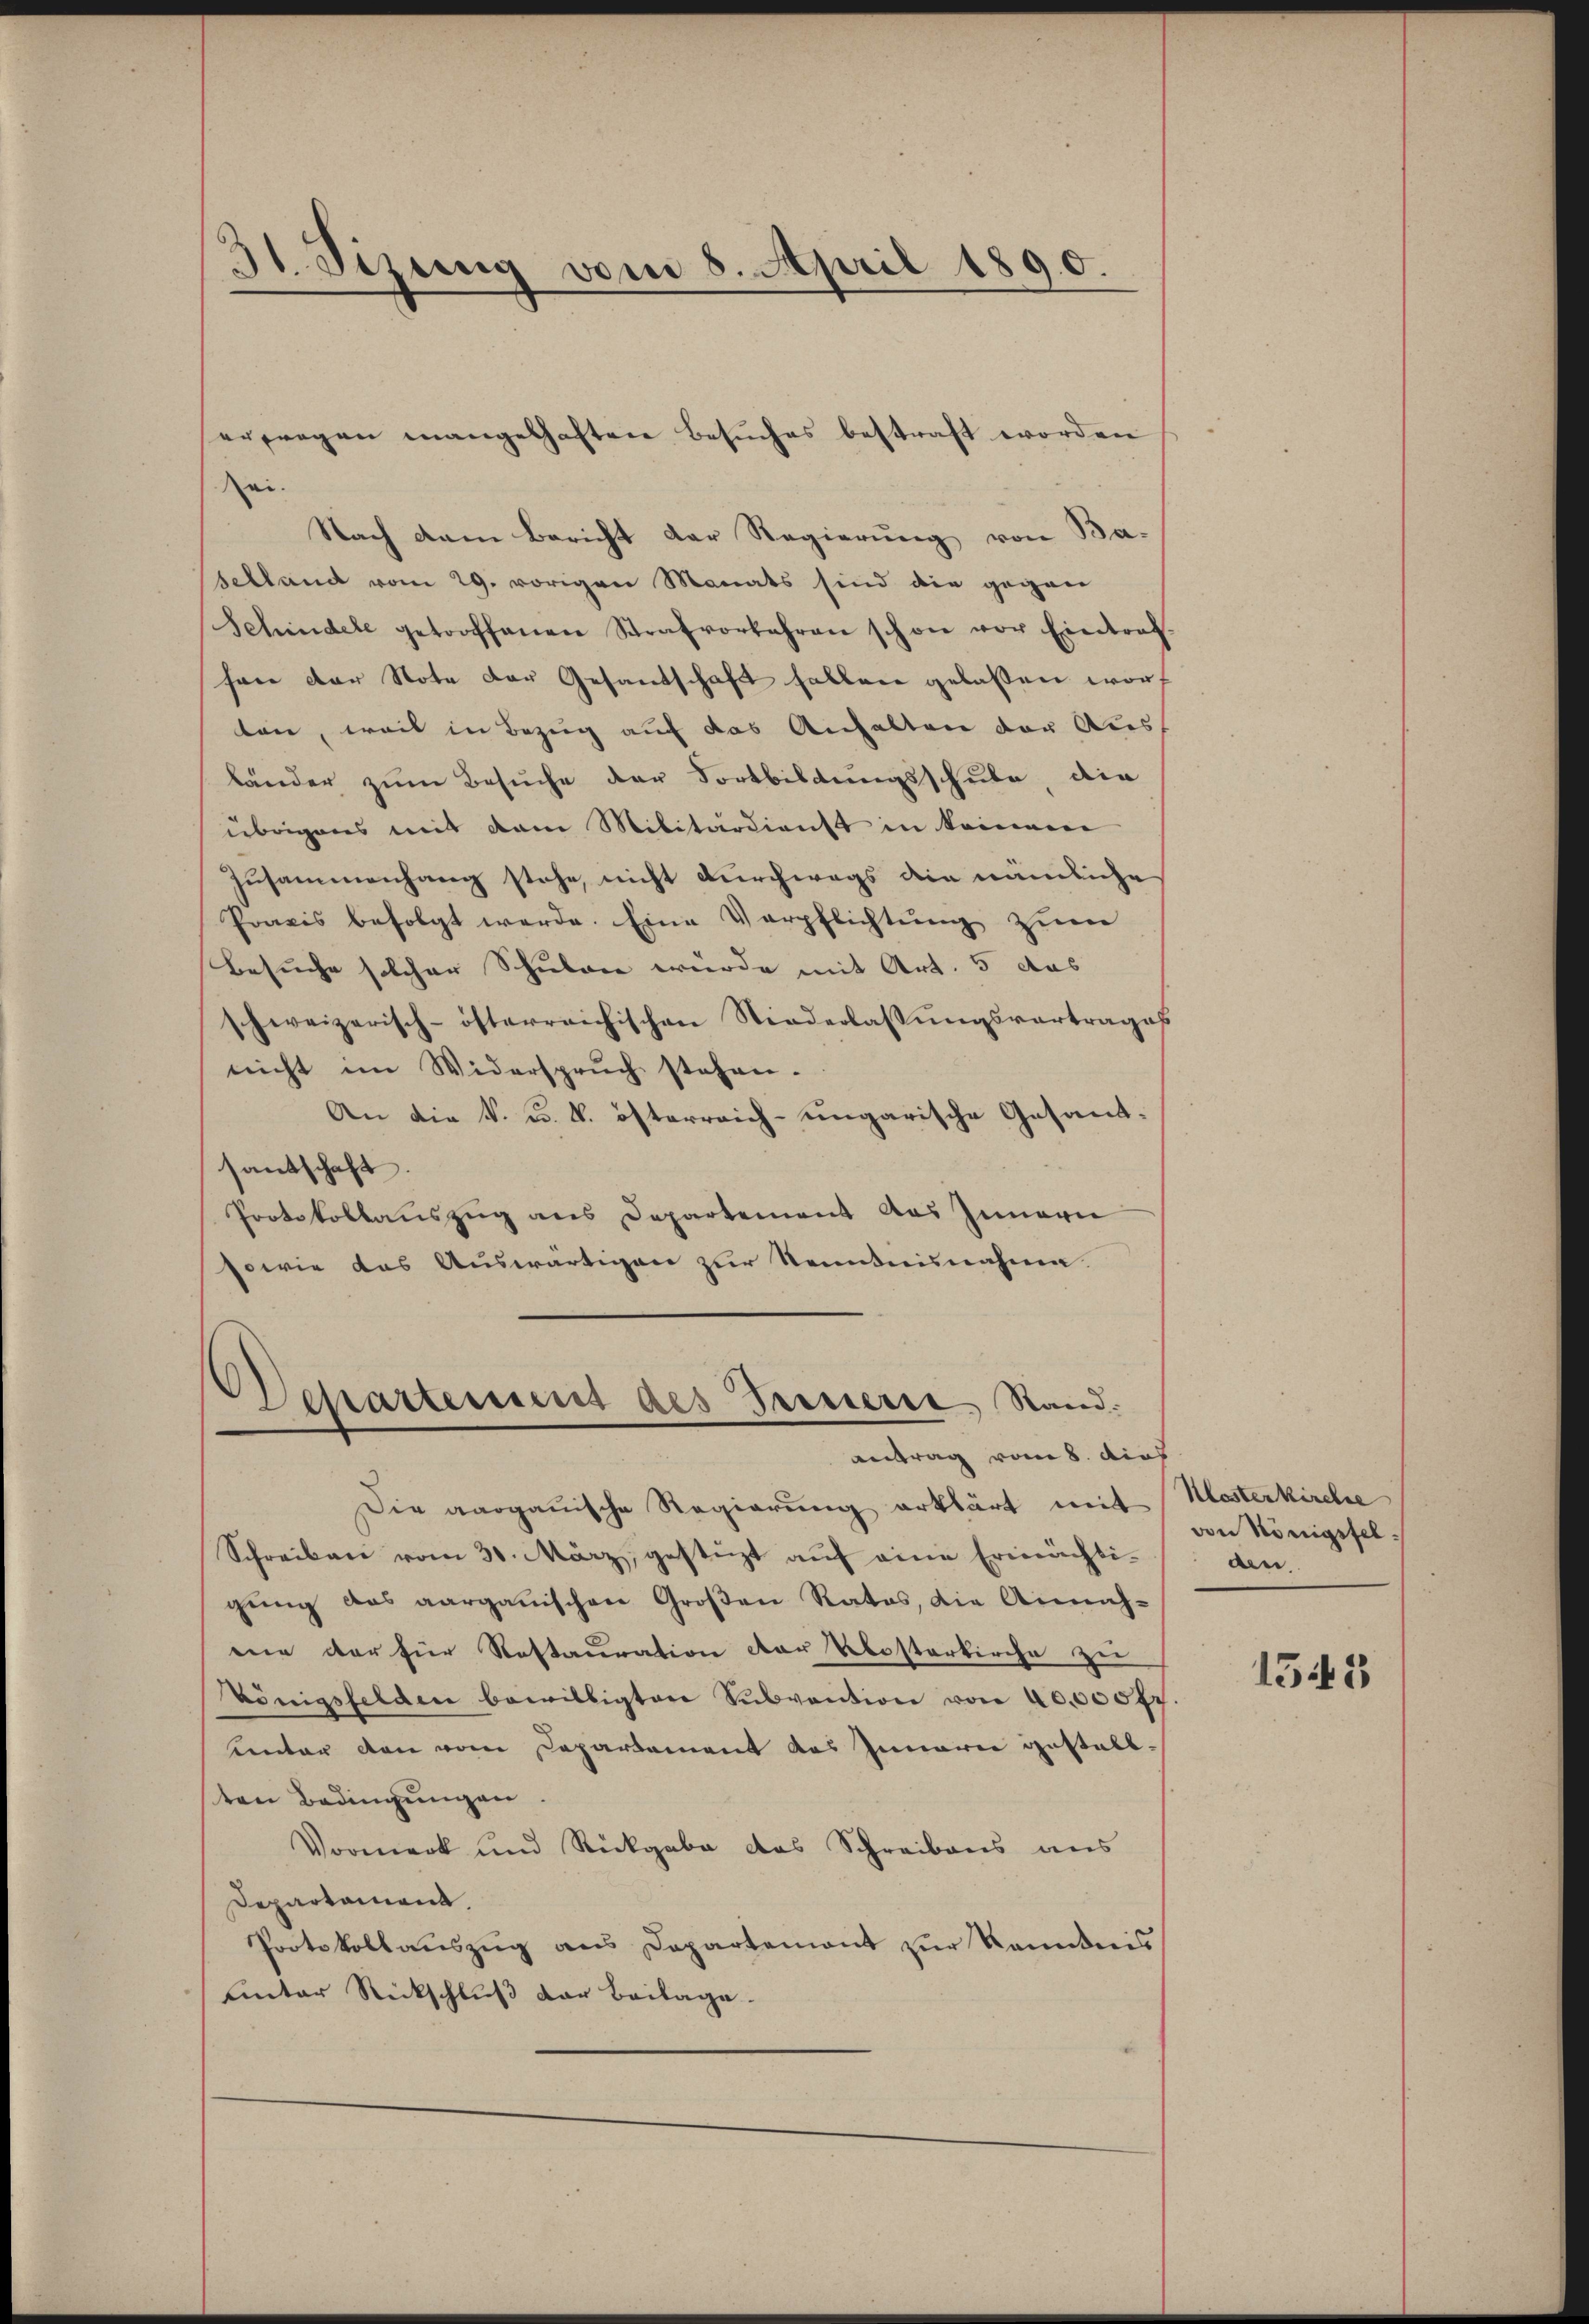
ei.
Nach dem Bericht der Regierung von Baselland vom 29. vorigen Monats sind die gegen
Schindele getroffenen Strafvorfahren schon vor Eintraf-
sen der Note der Gesandschaft fallen gelassen worf
ten, weil in Bezug auf das Anhalten der Ausf
bänder zum Besuche der Fortbildungsschule, die
übrigens mit dem Militärdienst in keinere
Zusammenhang stehe, nicht durchwegs die nämliche
Praxis befolgt werde. Eine Verpflichtŭng zum
Besuche solcher Schulen würde mit Art. 5 das
schweizerisch-österreichischen Niederlassungsvortrages
nicht im Widerspruch stehen.
An die k. k. k. österreich-ungarische Gesamtsantschaft.
Protokollauszug aus Departement das Innern
sowie das Auswärtigen zur Kenntnisnahme.

31. Sizung vom 8. April 1890.

erfragen mangelhaften Besŭches bestraft worden

Scharteises des Treuerre Stand:
antrag vom 8. dies

Die aargauische Regierung erklärt mit Mosterkirche
Schreiben vom 30. März, gestüzt aŭf eine Erinächti-
gung des aargauischen Großen Rates, die Annahene der für Restauration der Klosterkirche zu
Vönigsfelden bewilligten Sŭbvention von 40,000 fr.
ntor den vom Departement des Innerei gestall-
ten Bedingŭngen.
Vormerk und Rückgabe das Schreibens aus
Departament.
Protokollauszug aus Departement zur Kenntnis
unter Rückschluß der Beilage.

von Königstelden

1543